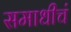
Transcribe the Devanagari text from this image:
समाधीचं